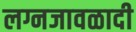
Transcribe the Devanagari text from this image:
लग्नजावळादी